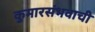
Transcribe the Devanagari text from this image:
कुमारसंभवाची